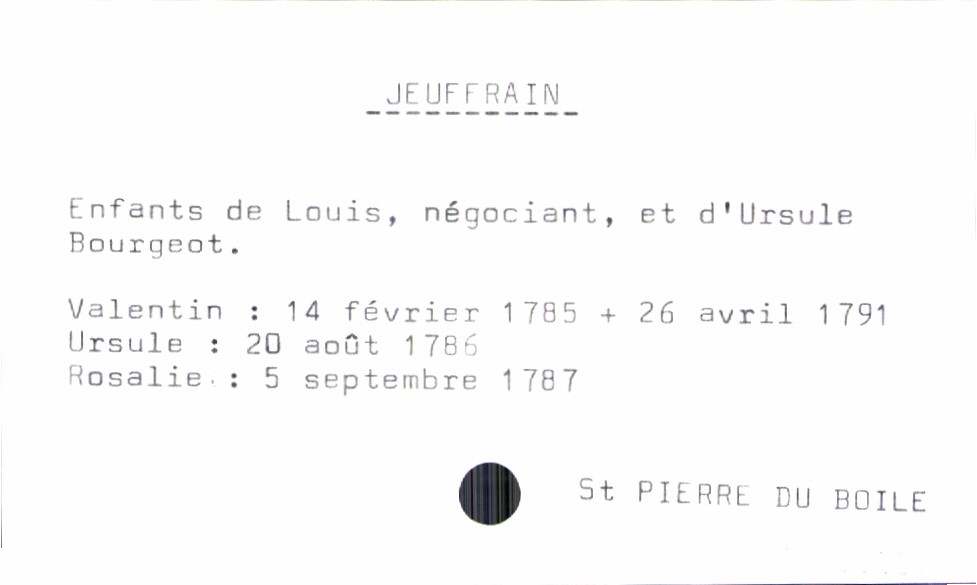
type_acte: Baptême
filiation: fille
enfant_prénom: Rosalie
enfant_date_de_naissance: 5 septembre 1787
enfant_lieu_de_naissance: Saint Pierre du Boile
enfant_date_de_décès: 26 avril 1791
enfant_lieu_de_décès: Saint Pierre du Boile
père_enfant_nom: Jeuffrain
père_enfant_prénom: Louis
père_enfant_profession: négociant
mère_enfant_nom: Bourgeot
mère_enfant_prénom: Ursule